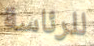
للرئاسة